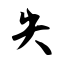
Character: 失